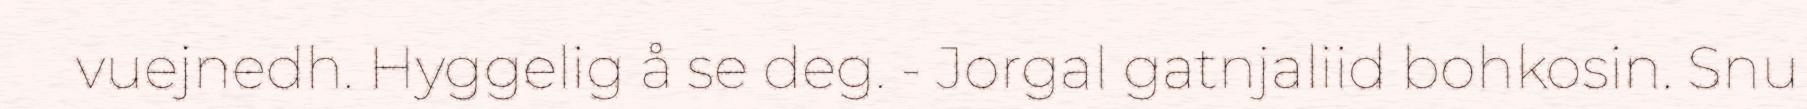
vuejnedh. Hyggelig å se deg. - Jorgal gatnjaliid bohkosin. Snu